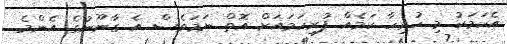
އެކަމަކު މި ހުރިހާ ކަމެއް ފުރިހަމައަށް އޮތް ނަމަވެސް އެ ގާނޫނުގެ އެންމެ